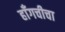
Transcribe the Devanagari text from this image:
हाँगचीचा